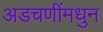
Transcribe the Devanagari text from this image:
अडचणींमधुन